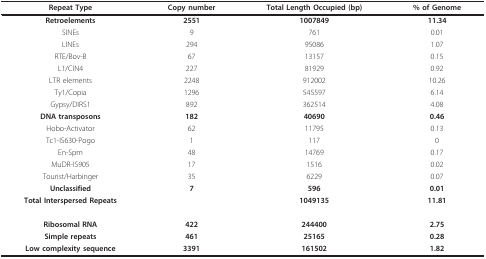
<table><thead><tr><td><b>Repeat Type</b></td><td><b>Copy number</b></td><td><b>Total Length Occupied (bp)</b></td><td><b>% of Genome</b></td></tr></thead><tbody><tr><td><b>Retroelements</b></td><td><b>2551</b></td><td><b>1007849</b></td><td><b>11.34</b></td></tr><tr><td>SINEs</td><td>9</td><td>761</td><td>0.01</td></tr><tr><td>LINEs</td><td>294</td><td>95086</td><td>1.07</td></tr><tr><td>RTE/Bov-B</td><td>67</td><td>13157</td><td>0.15</td></tr><tr><td>L1/CIN4</td><td>227</td><td>81929</td><td>0.92</td></tr><tr><td>LTR elements</td><td>2248</td><td>912002</td><td>10.26</td></tr><tr><td>Ty1/Copia</td><td>1296</td><td>545597</td><td>6.14</td></tr><tr><td>Gypsy/DIRS1</td><td>892</td><td>362514</td><td>4.08</td></tr><tr><td><b>DNA transposons</b></td><td><b>182</b></td><td><b>40690</b></td><td><b>0.46</b></td></tr><tr><td>Hobo-Activator</td><td>62</td><td>11795</td><td>0.13</td></tr><tr><td>Tc1-IS630-Pogo</td><td>1</td><td>117</td><td>0</td></tr><tr><td>En-Spm</td><td>48</td><td>14769</td><td>0.17</td></tr><tr><td>MuDR-IS905</td><td>17</td><td>1516</td><td>0.02</td></tr><tr><td>Tourist/Harbinger</td><td>35</td><td>6229</td><td>0.07</td></tr><tr><td><b>Unclassified</b></td><td><b>7</b></td><td><b>596</b></td><td><b>0.01</b></td></tr><tr><td><b>Total Interspersed Repeats</b></td><td></td><td><b>1049135</b></td><td><b>11.81</b></td></tr><tr><td><b>Ribosomal RNA</b></td><td><b>422</b></td><td><b>244400</b></td><td><b>2.75</b></td></tr><tr><td><b>Simple repeats</b></td><td><b>461</b></td><td><b>25165</b></td><td><b>0.28</b></td></tr><tr><td><b>Low complexity sequence</b></td><td><b>3391</b></td><td><b>161502</b></td><td><b>1.82</b></td></tr></tbody></table>